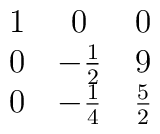
\matrix{ 1 & 0 & 0 \cr 0 & -{1\over2} &  9 \cr                0 & -{1\over4} &  {5\over2} \cr}